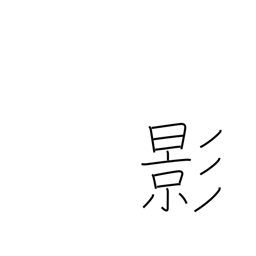
Meaning: shadow